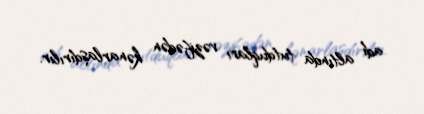
adı altında tutduqları vəzifədən kənarlaşdırılır.